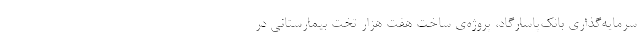
سرمایه‌گذاری بانک‌پاسارگاد، پروژه‌ی ساخت هفت هزار تخت بیمارستانی در